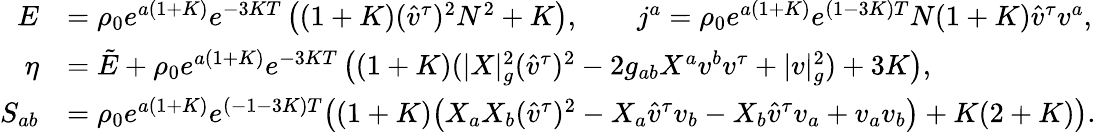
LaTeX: \begin{array}{rl}{E}&{=\rho_{0}e^{a(1+K)}e^{-3KT}\left((1+K)(\hat{v}^{\tau})^{2}N^{2}+K\right),\qquad j^{a}=\rho_{0}e^{a(1+K)}e^{(1-3K)T}N(1+K)\hat{v}^{\tau}v^{a},}\\ {\eta}&{=\tilde{E}+\rho_{0}e^{a(1+K)}e^{-3KT}\left((1+K)(|X|_{g}^{2}(\hat{v}^{\tau})^{2}-2g_{ab}X^{a}v^{b}v^{\tau}+|v|_{g}^{2})+3K\right),}\\ {S_{ab}}&{=\rho_{0}e^{a(1+K)}e^{(-1-3K)T}\big((1+K)\big(X_{a}X_{b}(\hat{v}^{\tau})^{2}-X_{a}\hat{v}^{\tau}v_{b}-X_{b}\hat{v}^{\tau}v_{a}+v_{a}v_{b}\big)+K(2+K)\big).}\end{array}